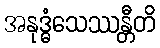
အနုဒ္ဓံသေဿန္တီတိ